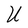
Character: U